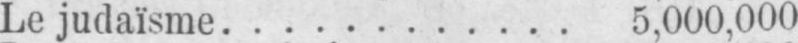
Le judaïsme ............ 5,000,000